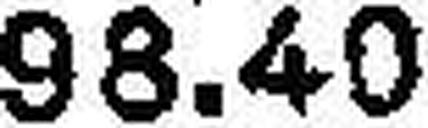
98.40